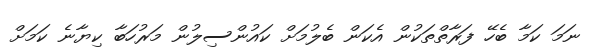
ނަމަ ކަމާ ބެހޭ ފަރާތްތަކުން އެކަން ބެލުމަށް ކައުންސިލުން މަރުހަބާ ކިޔާނެ ކަމަށް